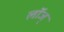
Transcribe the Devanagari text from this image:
लॉज्